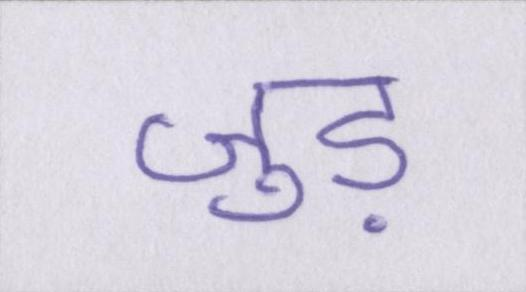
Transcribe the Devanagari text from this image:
जुड़